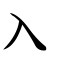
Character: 入